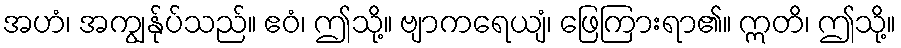
အဟံ၊ အကျွန်ုပ်သည်။ ဧဝံ၊ ဤသို့။ ဗျာကရေယျံ၊ ဖြေကြားရာ၏။ ဣတိ၊ ဤသို့။